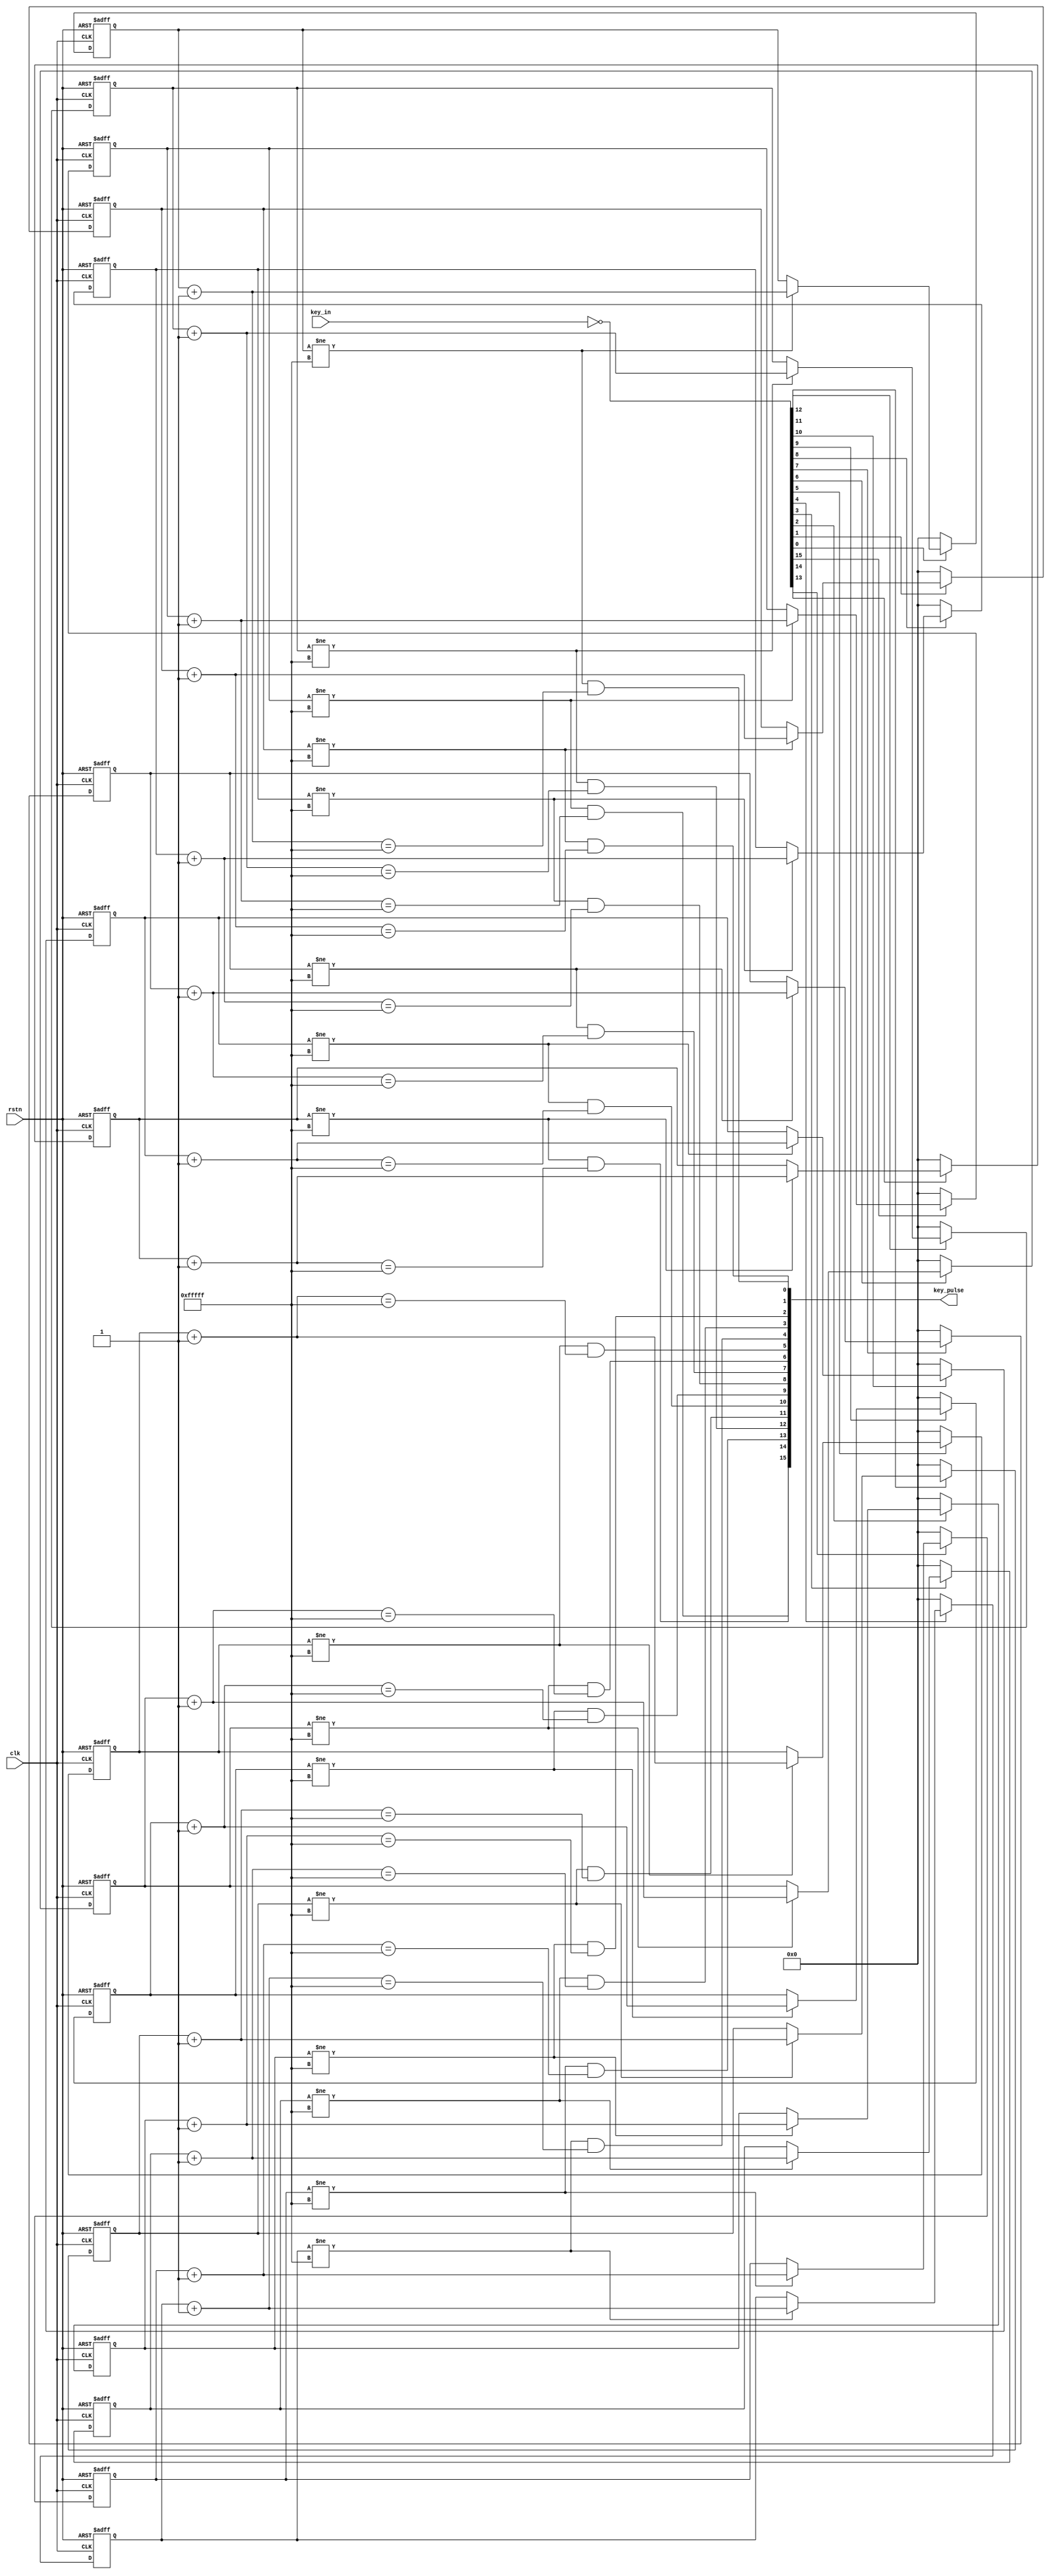
module Keyboard_filter(
    input           clk,
    input           rstn,
    input  [15: 0]  key_in,
    output [15: 0]  key_pulse // if key pushed, output 1
);

wire [15: 0] key;
assign key = ~key_in;

reg  [19 : 0] treg0;
reg  [19 : 0] treg1;
reg  [19 : 0] treg2;
reg  [19 : 0] treg3;
reg  [19 : 0] treg4;
reg  [19 : 0] treg5;
reg  [19 : 0] treg6;
reg  [19 : 0] treg7;
reg  [19 : 0] treg8;
reg  [19 : 0] treg9;
reg  [19 : 0] treg10;
reg  [19 : 0] treg11;
reg  [19 : 0] treg12;
reg  [19 : 0] treg13;
reg  [19 : 0] treg14;
reg  [19 : 0] treg15;
wire [19 : 0] treg0_nxt = treg0 + 1'b1;
wire [19 : 0] treg1_nxt = treg1 + 1'b1;
wire [19 : 0] treg2_nxt = treg2 + 1'b1;
wire [19 : 0] treg3_nxt = treg3 + 1'b1;
wire [19 : 0] treg4_nxt = treg4 + 1'b1;
wire [19 : 0] treg5_nxt = treg5 + 1'b1;
wire [19 : 0] treg6_nxt = treg6 + 1'b1;
wire [19 : 0] treg7_nxt = treg7 + 1'b1;
wire [19 : 0] treg8_nxt = treg8 + 1'b1;
wire [19 : 0] treg9_nxt = treg9 + 1'b1;
wire [19 : 0] treg10_nxt = treg10 + 1'b1;
wire [19 : 0] treg11_nxt = treg11 + 1'b1;
wire [19 : 0] treg12_nxt = treg12 + 1'b1;
wire [19 : 0] treg13_nxt = treg13 + 1'b1;
wire [19 : 0] treg14_nxt = treg14 + 1'b1;
wire [19 : 0] treg15_nxt = treg15 + 1'b1;

always @ (posedge clk or negedge rstn) begin
    if (~rstn) begin
        treg0 <= 20'b0;
        treg1 <= 20'b0;
        treg2 <= 20'b0;
        treg3 <= 20'b0;
        treg4 <= 20'b0;
        treg5 <= 20'b0;
        treg6 <= 20'b0;
        treg7 <= 20'b0;
        treg8 <= 20'b0;
        treg9 <= 20'b0;
        treg10 <= 20'b0;
        treg11 <= 20'b0;
        treg12 <= 20'b0;
        treg13 <= 20'b0;
        treg14 <= 20'b0;
        treg15 <= 20'b0;        
    end
    else begin
        if (key[0]) begin 
            if (treg0 != 20'hfffff)
                treg0 <= treg0_nxt;
        end
        else begin
            treg0 <= 20'b0;
        end

        if (key[1]) begin
            if (treg1 != 20'hfffff)
                treg1 <= treg1_nxt;
        end
        else begin   
            treg1 <= 20'b0;
        end

        if (key[2]) begin
            if (treg2 != 20'hfffff)
                treg2 <= treg2_nxt;
        end
        else begin
            treg2 <= 20'b0;
        end

        if (key[3]) begin
            if (treg3 != 20'hfffff) 
                treg3 <= treg3_nxt;
        end
        else begin        
            treg3 <= 20'b0;
        end

        if (key[4]) begin 
            if (treg4 != 20'hfffff)
                treg4 <= treg4_nxt;
        end
        else begin
            treg4 <= 20'b0;
        end
        
        if (key[5]) begin 
            if (treg5 != 20'hfffff)
                treg5 <= treg5_nxt;
        end
        else begin
            treg5 <= 20'b0;
        end

        if (key[6]) begin 
            if (treg6 != 20'hfffff)
                treg6 <= treg6_nxt;
        end
        else begin
            treg6 <= 20'b0;
        end
        
        if (key[7]) begin 
            if (treg7 != 20'hfffff)
                treg7 <= treg7_nxt;
        end
        else begin
            treg7 <= 20'b0;
        end

        if (key[8]) begin 
            if (treg8 != 20'hfffff)
                treg8 <= treg8_nxt;
        end
        else begin
            treg8 <= 20'b0;
        end

        if (key[9]) begin
            if (treg9 != 20'hfffff)
                treg9 <= treg9_nxt;
        end
        else begin   
            treg9 <= 20'b0;
        end

        if (key[10]) begin
            if (treg10 != 20'hfffff)
                treg10 <= treg10_nxt;
        end
        else begin
            treg10 <= 20'b0;
        end

        if (key[11]) begin
            if (treg11 != 20'hfffff) 
                treg11 <= treg11_nxt;
        end
        else begin        
            treg11 <= 20'b0;
        end

        if (key[12]) begin 
            if (treg12 != 20'hfffff)
                treg12 <= treg12_nxt;
        end
        else begin
            treg12 <= 20'b0;
        end
        
        if (key[13]) begin 
            if (treg13 != 20'hfffff)
                treg13 <= treg13_nxt;
        end
        else begin
            treg13 <= 20'b0;
        end

        if (key[14]) begin 
            if (treg14 != 20'hfffff)
                treg14 <= treg14_nxt;
        end
        else begin
            treg14 <= 20'b0;
        end
        
        if (key[15]) begin 
            if (treg15 != 20'hfffff)
                treg15 <= treg15_nxt;
        end
        else begin
            treg15 <= 20'b0;
        end                
    end
end

assign key_pulse[15] = (treg15 != 20'hfffff) & (treg15_nxt == 20'hfffff); 
assign key_pulse[14] = (treg14 != 20'hfffff) & (treg14_nxt == 20'hfffff);
assign key_pulse[13] = (treg13 != 20'hfffff) & (treg13_nxt == 20'hfffff);
assign key_pulse[12] = (treg12 != 20'hfffff) & (treg12_nxt == 20'hfffff);
assign key_pulse[11] = (treg11 != 20'hfffff) & (treg11_nxt == 20'hfffff); 
assign key_pulse[10] = (treg10 != 20'hfffff) & (treg10_nxt == 20'hfffff);
assign key_pulse[9] = (treg9 != 20'hfffff) & (treg9_nxt == 20'hfffff);
assign key_pulse[8] = (treg8 != 20'hfffff) & (treg8_nxt == 20'hfffff);
assign key_pulse[7] = (treg7 != 20'hfffff) & (treg7_nxt == 20'hfffff); 
assign key_pulse[6] = (treg6 != 20'hfffff) & (treg6_nxt == 20'hfffff);
assign key_pulse[5] = (treg5 != 20'hfffff) & (treg5_nxt == 20'hfffff);
assign key_pulse[4] = (treg4 != 20'hfffff) & (treg4_nxt == 20'hfffff);
assign key_pulse[3] = (treg3 != 20'hfffff) & (treg3_nxt == 20'hfffff); 
assign key_pulse[2] = (treg2 != 20'hfffff) & (treg2_nxt == 20'hfffff);
assign key_pulse[1] = (treg1 != 20'hfffff) & (treg1_nxt == 20'hfffff);
assign key_pulse[0] = (treg0 != 20'hfffff) & (treg0_nxt == 20'hfffff);

endmodule